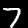
Digit: 7